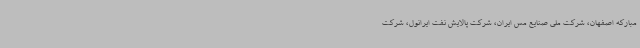
مبارکه اصفهان، شرکت ملی صنایع مس ایران، شرکت پالایش نفت ایرانول، شرکت